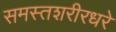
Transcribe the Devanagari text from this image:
समस्तशरीरधरे